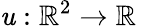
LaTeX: \mathit{u}:\mathbb{{R}}^{2}\to\mathbb{{R}}\quad